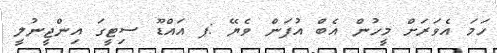
ހަމަ އެވަރަށް މީހުން އެބް އުފަން ވެޔޭ :ޕ އައްޑޫ ސިޓީގަ އިންޖީނުލީ